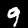
Label: 9